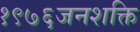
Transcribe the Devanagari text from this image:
१९७६जनशक्ति